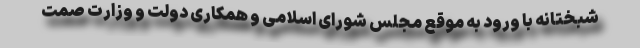
شبختانه با ورود به موقع مجلس شورای اسلامی و همکاری دولت و وزارت صمت